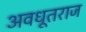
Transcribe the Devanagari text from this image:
अवधूतराज